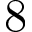
8